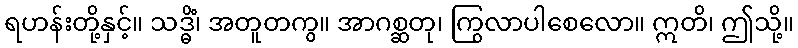
ရဟန်းတို့နှင့်။ သဒ္ဓိံ၊ အတူတကွ။ အာဂစ္ဆတု၊ ကြွလာပါစေလော။ ဣတိ၊ ဤသို့။